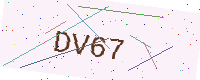
Text: DV67